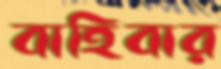
বাহিবার